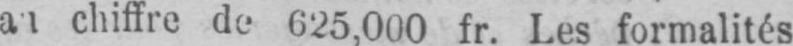
chiffre de 625,000 fr. Les formalités